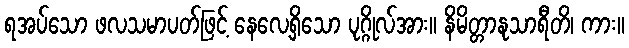
ရအပ်သော ဖလသမာပတ်ဖြင့် နေလေ့ရှိသော ပုဂ္ဂိုလ်အား။ နိမိတ္တာနုသာရီတိ၊ ကား။